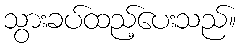
သွားခပ်ထည့်ပေးသည်။